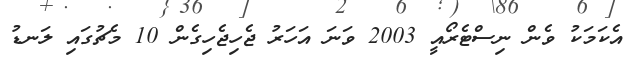
އެކަމަކު ވެން ނިސްޓެރޯއީ 2003 ވަނަ އަހަރު ޖެހިޖެހިގެން 10 މެޗުގައި ލަނޑު